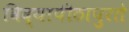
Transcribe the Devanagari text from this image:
विद्यापीठापुरते